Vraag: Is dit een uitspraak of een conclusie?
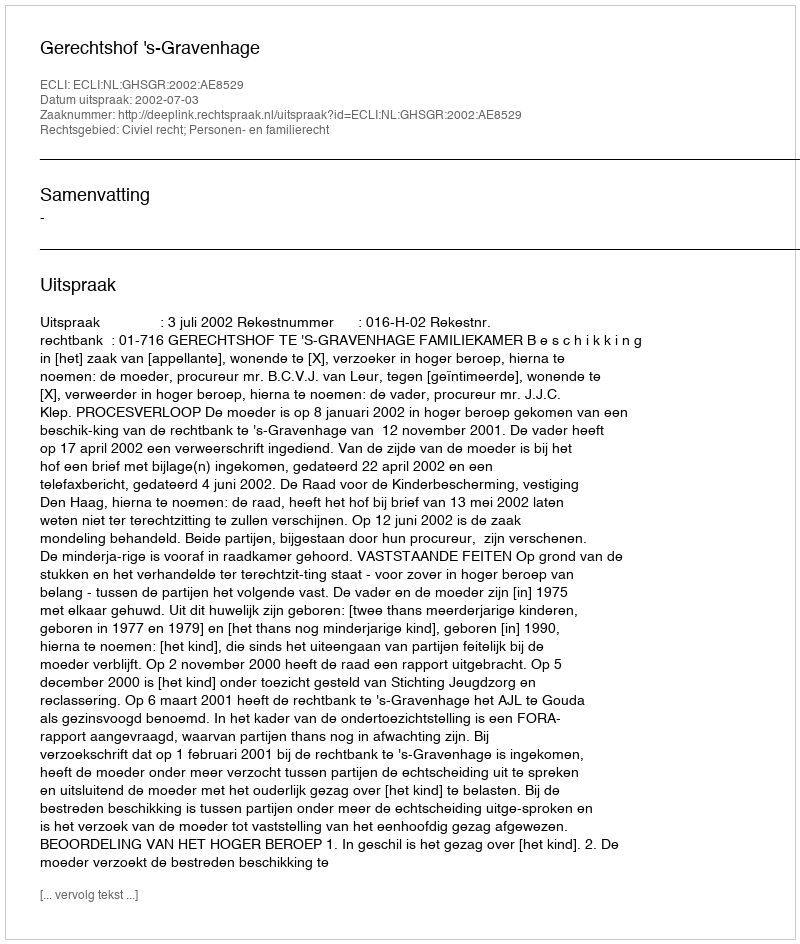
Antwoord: Uitspraak